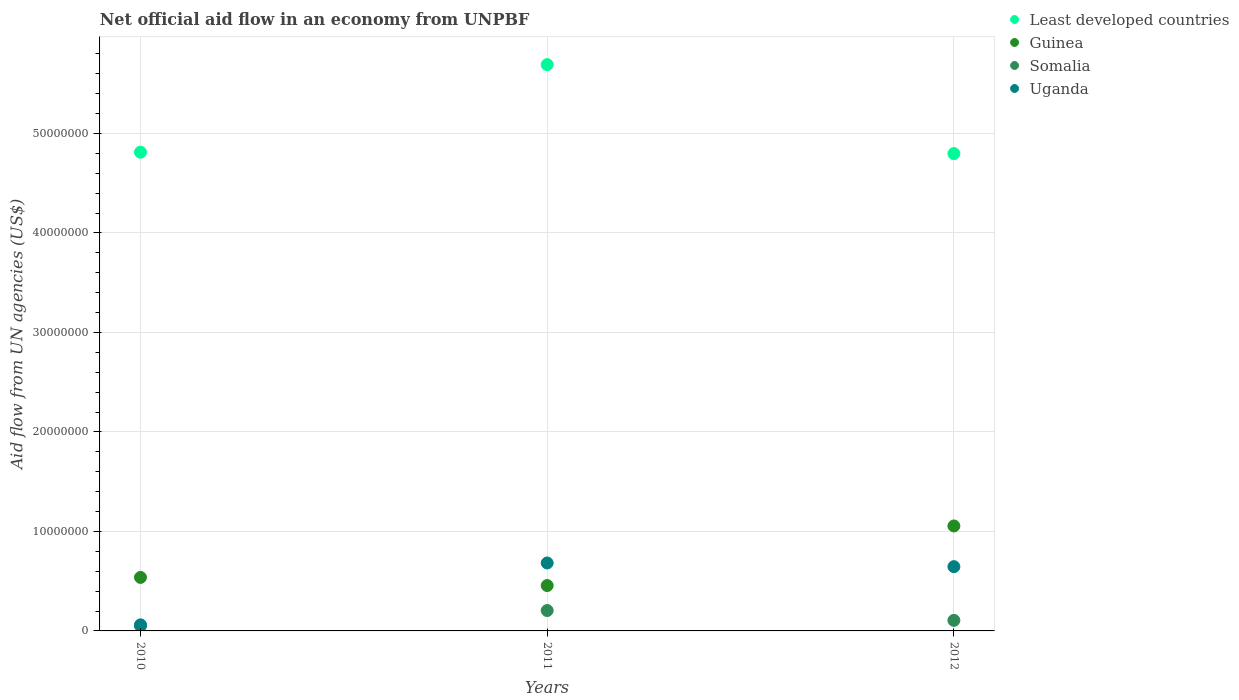
| Years | Least developed countries | Guinea | Somalia | Uganda |
 | --- | --- | --- | --- | --- |
 | 2010 | 4.81e+07 | 5.38e+06 | 5.1e+05 | 6.1e+05 |
 | 2011 | 5.69e+07 | 4.56e+06 | 2.05e+06 | 6.83e+06 |
 | 2012 | 4.8e+07 | 1.06e+07 | 1.06e+06 | 6.46e+06 |